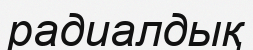
радиалдық